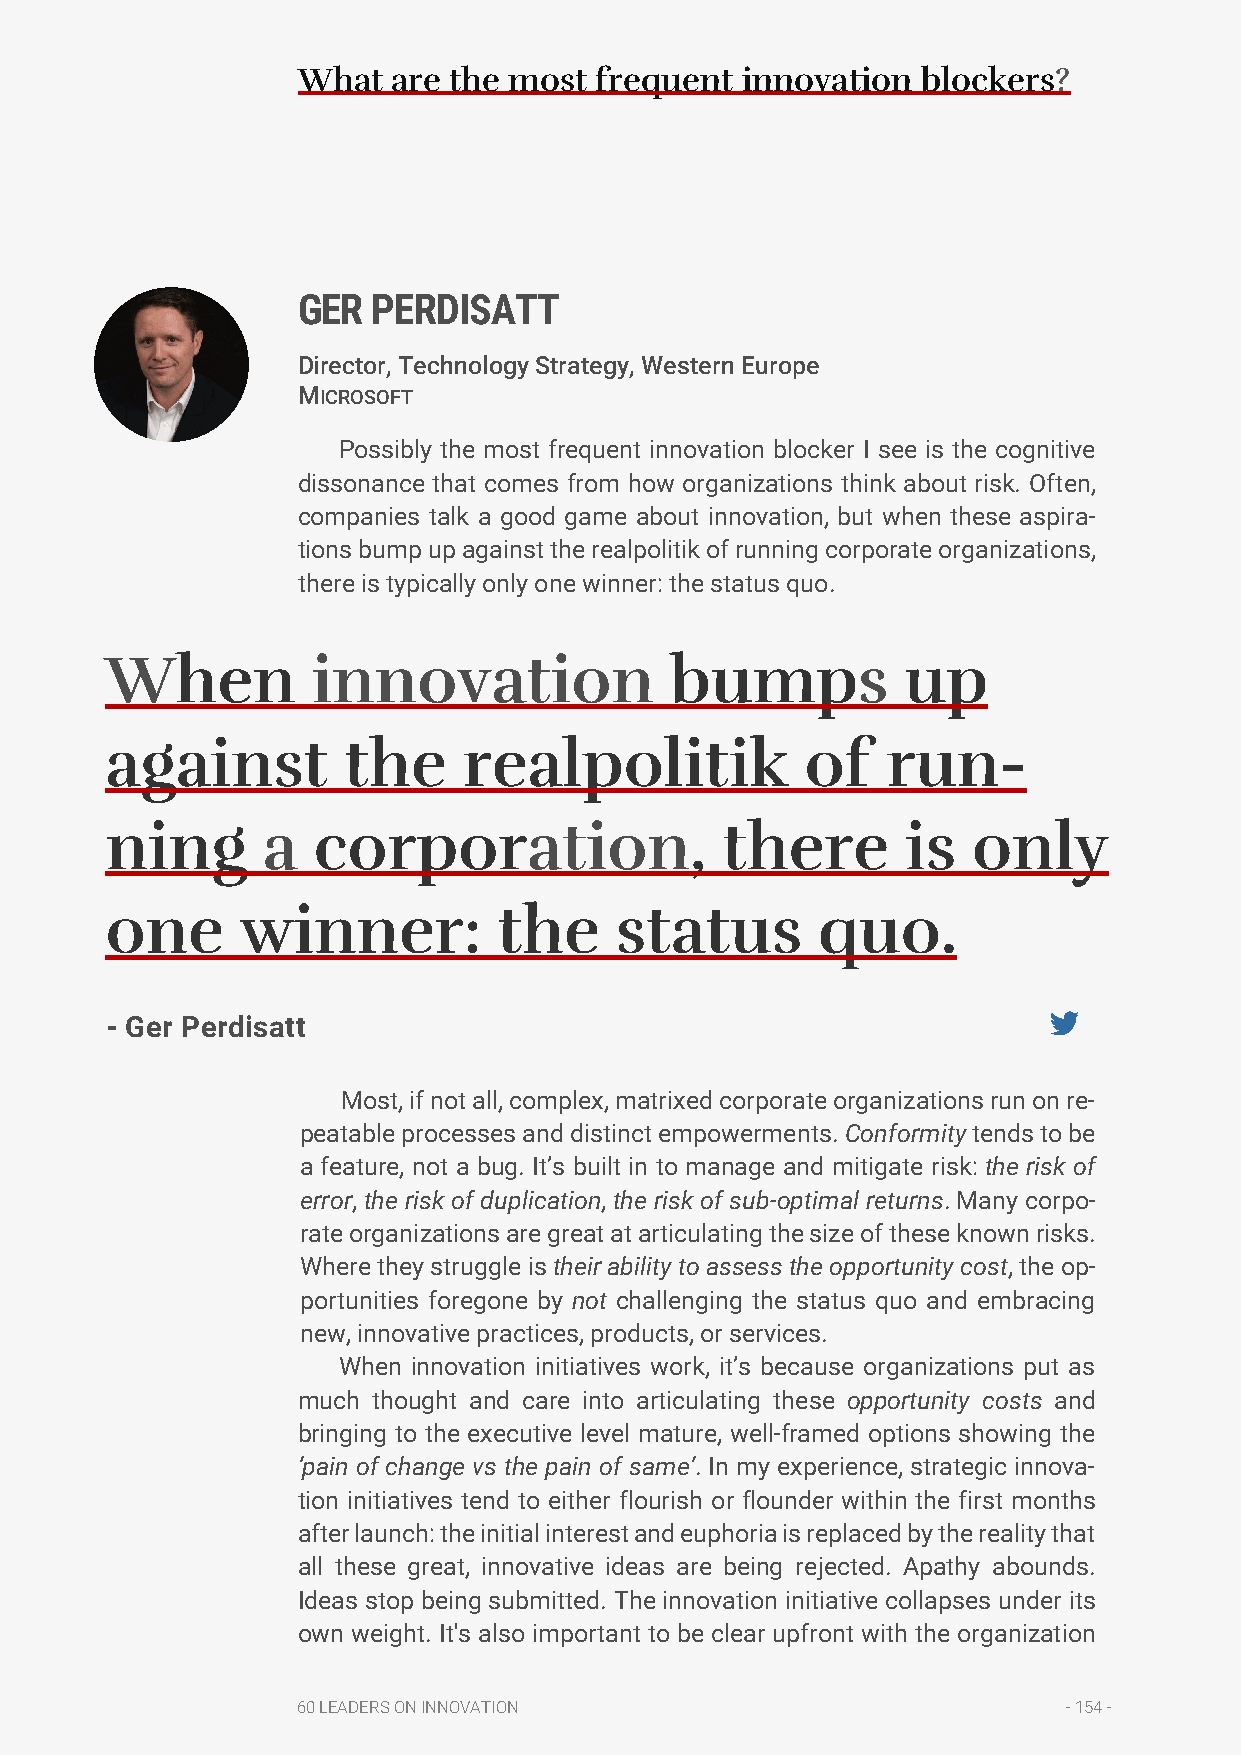
What  are the most frequent  innovation  blockers?
 GER  PERDISATT
 Director, Technology Strategy, Western Europe
 MICROSOFT
 Possibly the most frequent innovation blocker I see is the cognitive
 dissonance that comes from how organizations think about risk. Often,
 companies talk a good game about innovation, but when these aspira-
 tions bump up against the realpolitik of running corporate organizations,
 there is typically only one winner: the status quo.
 When          innovation             bumps           up
 against         the     realpolitik           of    run-
 ning      a   corporation,               there       is  only
 one      winner:          the     status       quo.
 - Ger Perdisatt
 Most, if not all, complex, matrixed corporate organizations run on re-
 peatable processes and distinct empowerments. Conformity tends to be
 a feature, not a bug. It’s built in to manage and mitigate risk: the risk of
 error, the risk of duplication, the risk of sub-optimal returns. Many corpo-
 rate organizations are great at articulating the size of these known risks.
 Where they struggle is their ability to assess the opportunity cost, the op-
 portunities foregone by not challenging the status quo and embracing
 new, innovative practices, products, or services.
 When innovation initiatives work, it’s because organizations put as
 much thought and care into articulating these opportunity costs and
 bringing to the executive level mature, well-framed options showing the
 ‘pain of change vs the pain of same’. In my experience, strategic innova-
 tion initiatives tend to either flourish or flounder within the first months
 after launch: the initial interest and euphoria is replaced by the reality that
 all these great, innovative ideas are being rejected. Apathy abounds.
 Ideas stop being submitted. The innovation initiative collapses under its
 own weight. It's also important to be clear upfront with the organization
 60 LEADERS ON INNOVATION                           - 154 -